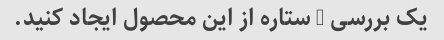
یک بررسی 5 ستاره از این محصول ایجاد کنید.